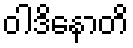
ဝါဒိနောတိ